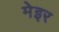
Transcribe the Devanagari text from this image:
मेइर